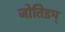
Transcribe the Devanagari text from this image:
जोतिडम्